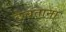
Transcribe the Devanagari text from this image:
ठेचताना